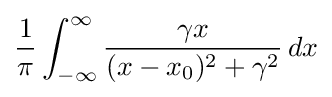
{\frac {1}{\pi }}\int _{-\infty }^{\infty }{\frac {\gamma x}{(x-x_{0})^{2}+\gamma ^{2}}}\,dx